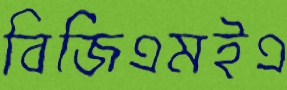
বিজিএমইএ